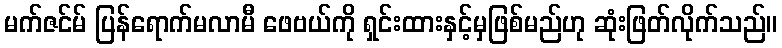
မက်ဇင်မ် ပြန်ရောက်မလာမီ ဖေဗယ်ကို ရှင်းထားနှင့်မှဖြစ်မည်ဟု ဆုံးဖြတ်လိုက်သည်။